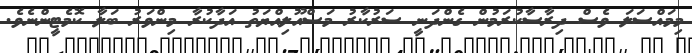
މިމައްސަލަ ވެސް ދިރާސާކުރަމުން ގެންދަނީ ސަރުކާރު މަސްއޫލިއްޔަތު އަދާކުރާ މިންވަރު ބަލާ ކޮމެޓީންނެވެ.